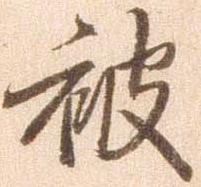
被